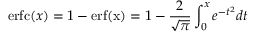
\mathrm { e r f c } ( x ) = 1 - \mathrm { e r f ( x ) } = 1 - \frac { 2 } { \sqrt { \pi } } \int _ { 0 } ^ { x } e ^ { - t ^ { 2 } } d t